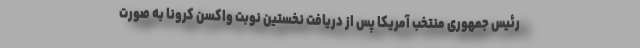
رئیس جمهوری منتخب آمریکا پس از دریافت نخستین نوبت واکسن کرونا به صورت